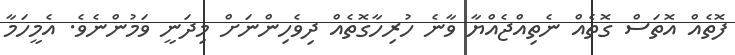
ފޮތެއް އޮތަސް ގޮތެއް ނެތިއްޖެއްޔާ ވާނެ ހުރިހާގޮތެއް ދިވެހިންނަށް މިދަނީ ވަމުންނެވެ. އެމީހަމާ